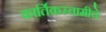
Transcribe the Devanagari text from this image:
कार्तिकस्वामीचे